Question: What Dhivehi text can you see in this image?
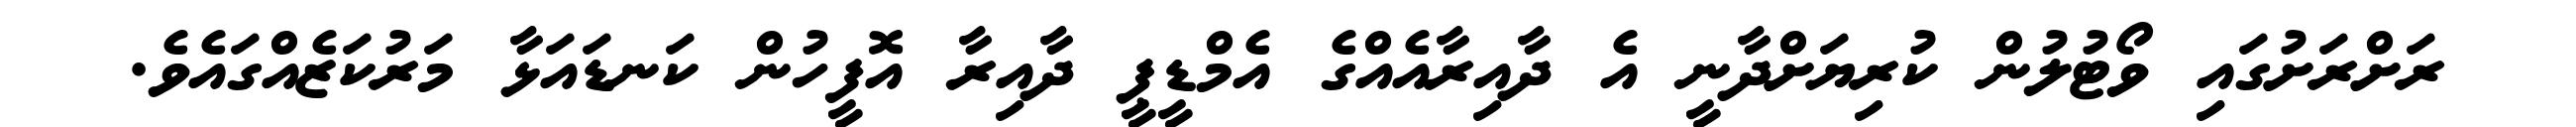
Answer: ރަށްރަށުގައި ވޯޓުލުން ކުރިޔަށްދާނީ އެ ދާއިރާއެއްގެ އެމްޑީޕީ ދާއިރާ އޮފީހުން ކަނޑައަޅާ މަރުކަޒެއްގައެވެ.